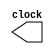
// generatore del segnale di clock
module clock_generator(
    clock
);
    output clock;

    parameter HALF_PERIOD = 5;

    reg CLOCK;
    assign clock = CLOCK;

    initial CLOCK <= 0;
    always #HALF_PERIOD CLOCK <= ~CLOCK;

endmodule